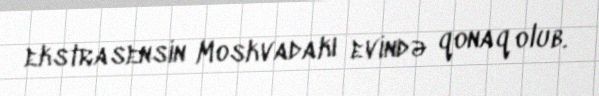
ekstrasensin Moskvadakı evində qonaq olub.